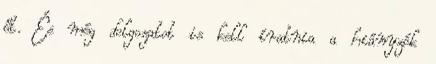
őt. És még dolgozatot is kell íratnia a hiányzók